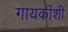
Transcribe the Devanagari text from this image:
गायकींशी